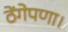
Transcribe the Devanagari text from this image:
ठेंगेपणा।